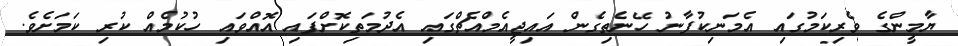
ޔާމީންގެ ވެރިކަމުގައި އެމަނިކުފާނު ހޭނެތިގެން އައިޖީއެމްއެޗްގައި އެދުމަތިކޮށްފައި އޮއްވައި ހުކުމެއް ކުރި ކަމަށެވެ.